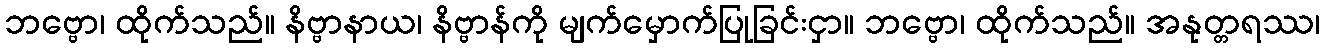
ဘဗ္ဗော၊ ထိုက်သည်။ နိဗ္ဗာနာယ၊ နိဗ္ဗာန်ကို မျက်မှောက်ပြုခြင်းငှာ။ ဘဗ္ဗော၊ ထိုက်သည်။ အနုတ္တရဿ၊